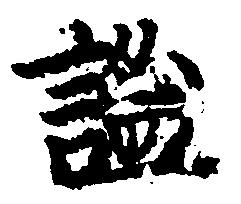
謐